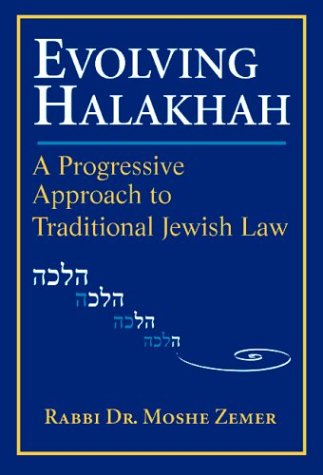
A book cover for Evolving Halakhah; Moshe Zemer; Religion & Spirituality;